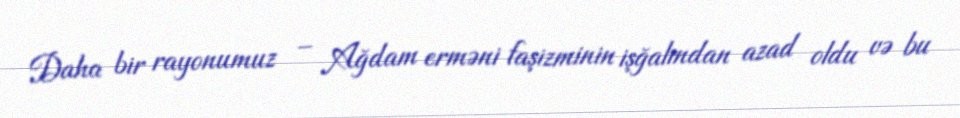
Daha bir rayonumuz – Ağdam erməni faşizminin işğalından azad oldu və bu